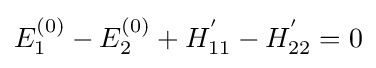
E_{1}^{(0)}-E_{2}^{(0)}+H_{11}^{'}-H_{22}^{'}=0